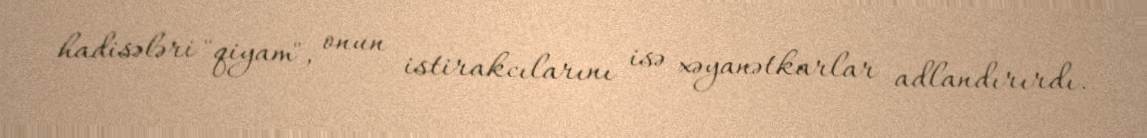
hadisələri "qiyam", onun istirakcılarını isə xəyanətkarlar adlandırırdı.